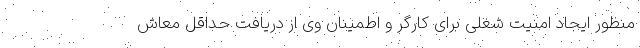
منظور ایجاد امنیت شغلی برای کارگر و اطمینان وی از دریافت حداقل معاش